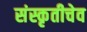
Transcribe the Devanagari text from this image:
संस्कृतीचेव